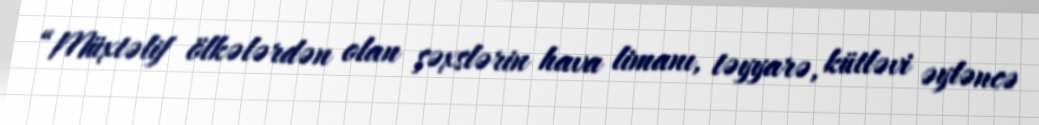
“Müxtəlif ölkələrdən olan şəxslərin hava limanı, təyyarə, kütləvi əyləncə